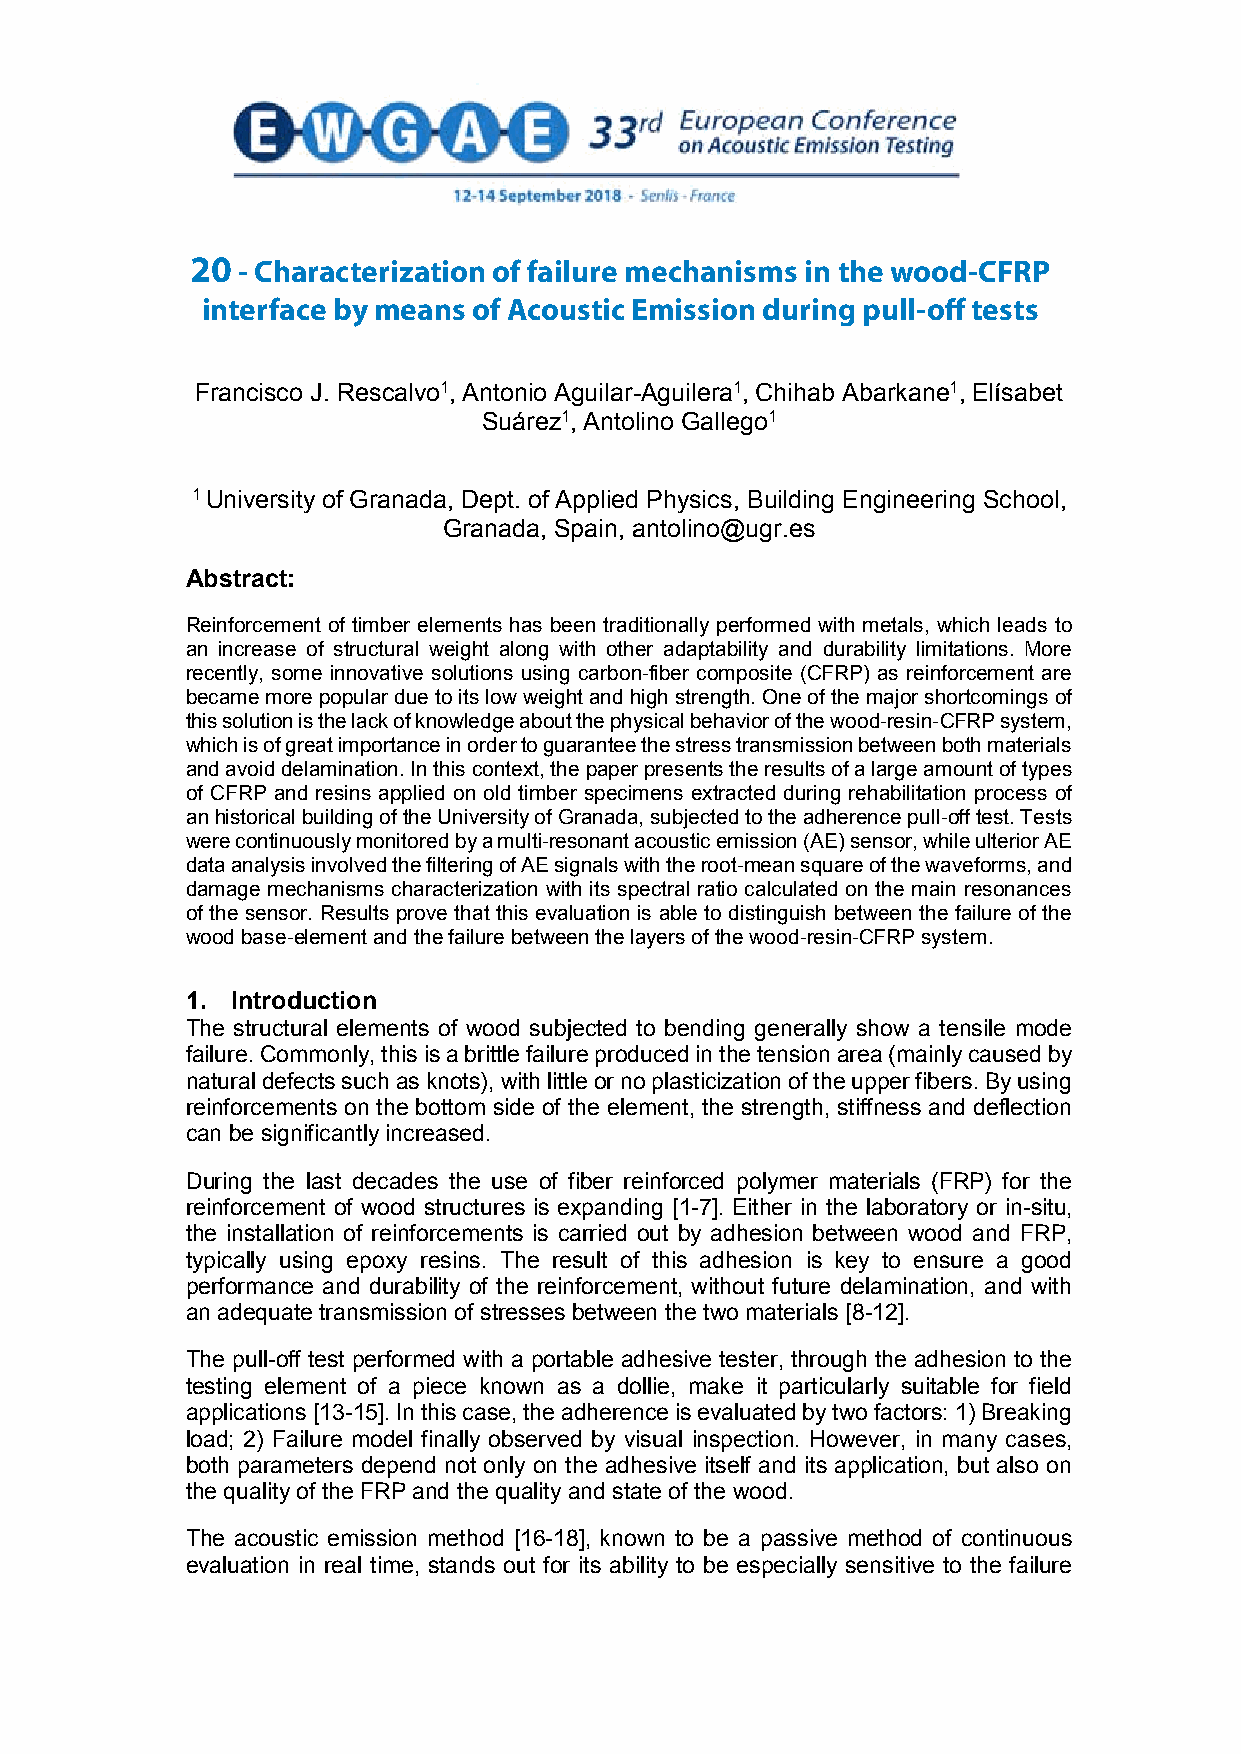
20 - Characterization of failure mechanisms in the wood-CFRP
 Characterization of failure mechanisms in the wood-CFRP
 iinntteerrffaaccee bbyy mmeeaannss ooff Aaccoouussttiicc E emmisisssioionn d duurirningg p puulll-lo-offff t teesststs
 Francisco J. Rescalvo1, Antonio Aguilar-Aguilera1, Chihab Abarkane1, Elísabet
 Suárez1, Antolino Gallego1
 1University of Granada, Dept. of Applied Physics, Building Engineering School,
 Granada, Spain, antolino@ugr.es
 Abstract:
 Reinforcement of timber elements has been traditionally performed with metals, which leads to
 an increase of structural weight along with other adaptability and durability limitations. More
 recently, some innovative solutions using carbon-fiber composite (CFRP) as reinforcement are
 became more popular due to its low weight and high strength. One of the major shortcomings of
 this solution is the lack of knowledge about the physical behavior of the wood-resin-CFRP system,
 which is of great importance in orderto guarantee the stress transmission between both materials
 and avoid delamination. In this context, the paper presents the results of a large amount of types
 of CFRP and resins applied on old timber specimens extracted during rehabilitation process of
 anhistorical building of the University of Granada, subjected to the adherence pull-off test. Tests
 were continuously monitored by a multi-resonant acoustic emission (AE) sensor, while ulterior AE
 data analysis involved the filtering of AE signals with the root-mean square of the waveforms, and
 damage mechanisms characterization with its spectral ratio calculated on the main resonances
 of the sensor. Results prove that this evaluation is able to distinguish between the failure of the
 wood base-element and the failure between the layers of the wood-resin-CFRP system.
 1. Introduction
 The structural elements of wood subjected to bending generally show a tensile mode
 failure. Commonly, this is a brittle failure produced in the tension area (mainly caused by
 naturaldefects such as knots), with little or no plasticization of the upper fibers. By using
 reinforcements on the bottom side of the element, the strength, stiffness and deflection
 can be significantly increased.
 During the last decades the use of fiber reinforced polymer materials (FRP) for the
 reinforcement of wood structures is expanding [1-7]. Either in the laboratory or in-situ,
 the installation of reinforcements is carried out by adhesion between wood and FRP,
 typically using epoxy resins. The result of this adhesion is key to ensure a good
 performance and durability of the reinforcement, without future delamination, and with
 an adequate transmission of stresses between the two materials [8-12].
 The pull-off test performed with a portable adhesive tester, through the adhesion to the
 testing element of a piece known as a dollie, make it particularly suitable for field
 applications [13-15]. In this case, the adherence is evaluated by two factors: 1) Breaking
 load; 2) Failure model finally observed by visual inspection. However, in many cases,
 both parameters depend not only on the adhesive itself and its application, but also on
 the quality of the FRP and the quality and state of the wood.
 The acoustic emission method [16-18], known to be a passive method of continuous
 evaluation in real time, stands out for its ability to be especially sensitive to the failure
 1